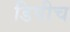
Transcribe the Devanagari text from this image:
डिपीच